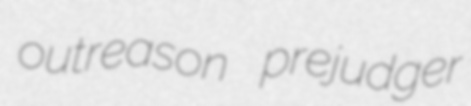
outreason prejudger